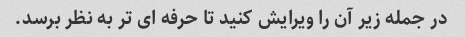
در جمله زیر آن را ویرایش کنید تا حرفه ای تر به نظر برسد.